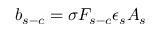
b _ { s - c } = \sigma F _ { s - c } \epsilon _ { s } A _ { s }